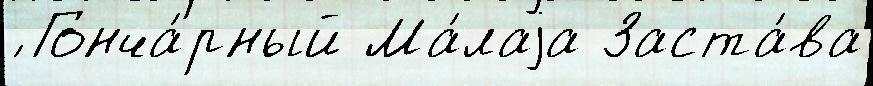
́ Гонча́рный Ма́лаjа Заста́ва